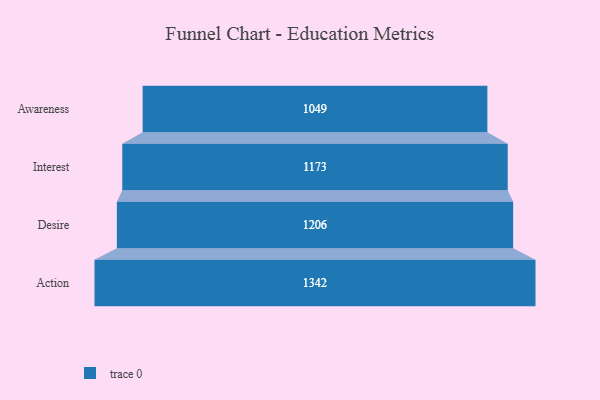
{"axis": {"x": "Stage", "y": "Value"}, "legend": [""], "data": [{"x": "Awareness", "y": 1049.0, "type": ""}, {"x": "Interest", "y": 1173.0, "type": ""}, {"x": "Desire", "y": 1206.0, "type": ""}, {"x": "Action", "y": 1342.0, "type": ""}]}